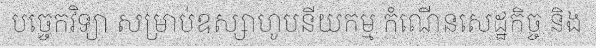
បច្ចេកវិទ្យា សម្រាប់ឧស្សាហូបនីយកម្ម កំណើនសេដ្ឋកិច្ច និង